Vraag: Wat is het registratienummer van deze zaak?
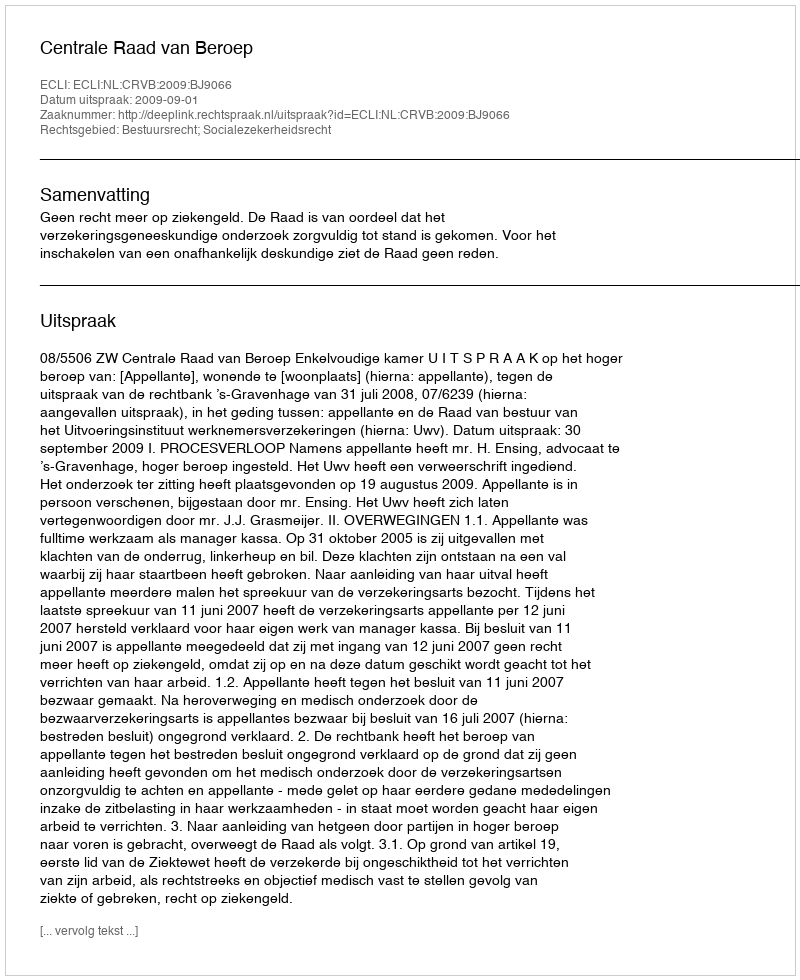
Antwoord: http://deeplink.rechtspraak.nl/uitspraak?id=ECLI:NL:CRVB:2009:BJ9066